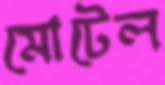
মোটেল